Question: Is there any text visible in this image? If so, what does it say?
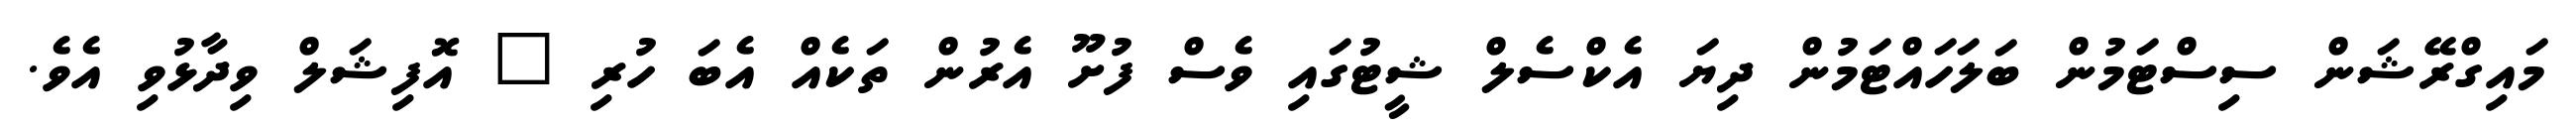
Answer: މައިގްރޭޝަން ސިސްޓަމުން ބަލަހައްޓަމުން ދިޔަ އެކްސެލް ޝީޓުގައި ވެސް ފުށޫ އެރުން ތަކެއް އެބަ ހުރި " އޮފިޝަލް ވިދާޅުވި އެވެ.